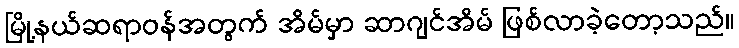
မြို့နယ်ဆရာဝန်အတွက် အိမ်မှာ ဆာဂျင်အိမ် ဖြစ်လာခဲ့တော့သည်။